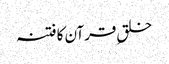
خلقِ قرآن کا فتنہ